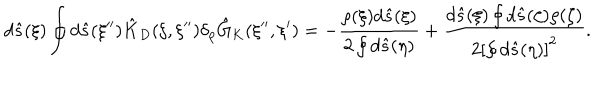
LaTeX: d \hat { s } ( \xi ) \oint { d } \hat { s } ( \xi ^ { \prime \prime } ) { \hat { K } _ { D } } ( \xi , \xi ^ { \prime \prime } ) { \delta _ { \rho } } { \hat { G } _ { K } } ( \xi ^ { \prime \prime } , \xi ^ { \prime } ) = - { \frac { \rho ( \xi ) d \hat { s } ( \xi ) } { 2 \oint { d } \hat { s } ( \eta ) } } + { \frac { d \hat { s } ( \xi ) \oint { d } \hat { s } ( \zeta ) \rho ( \zeta ) } { 2 { { \left[ \oint { d } \hat { s } ( \eta ) \right] } ^ { 2 } } } } .